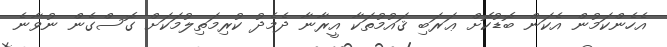
އެހެންކަމުން އެކަން ބޮޑުކޮށް ޢަރަބި ޤައުމުތަކާ އީރާނާ ދެމެދު ކުރިމަތިލުމަކަށް ގޮސްގެން ނުވާނެ